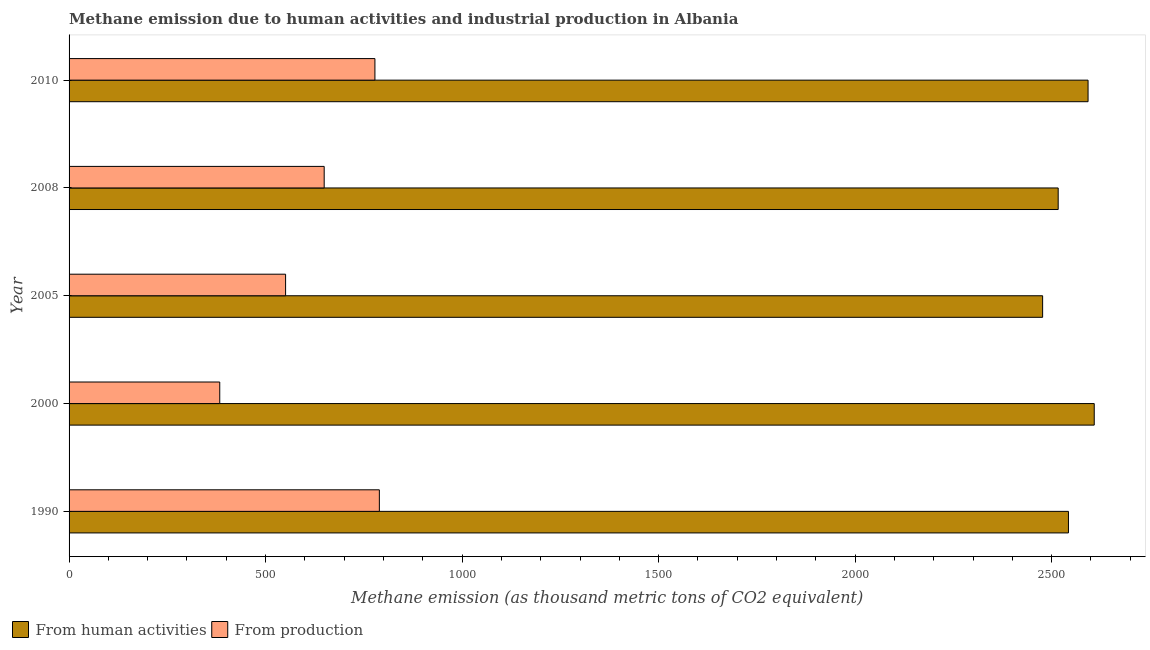
| Year | From human activities | From production |
 | --- | --- | --- |
 | 1990 | 2.54e+03 | 790 |
 | 2000 | 2.61e+03 | 383 |
 | 2005 | 2.48e+03 | 551 |
 | 2008 | 2.52e+03 | 649 |
 | 2010 | 2.59e+03 | 778 |